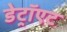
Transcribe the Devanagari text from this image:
डेट्रॉएट